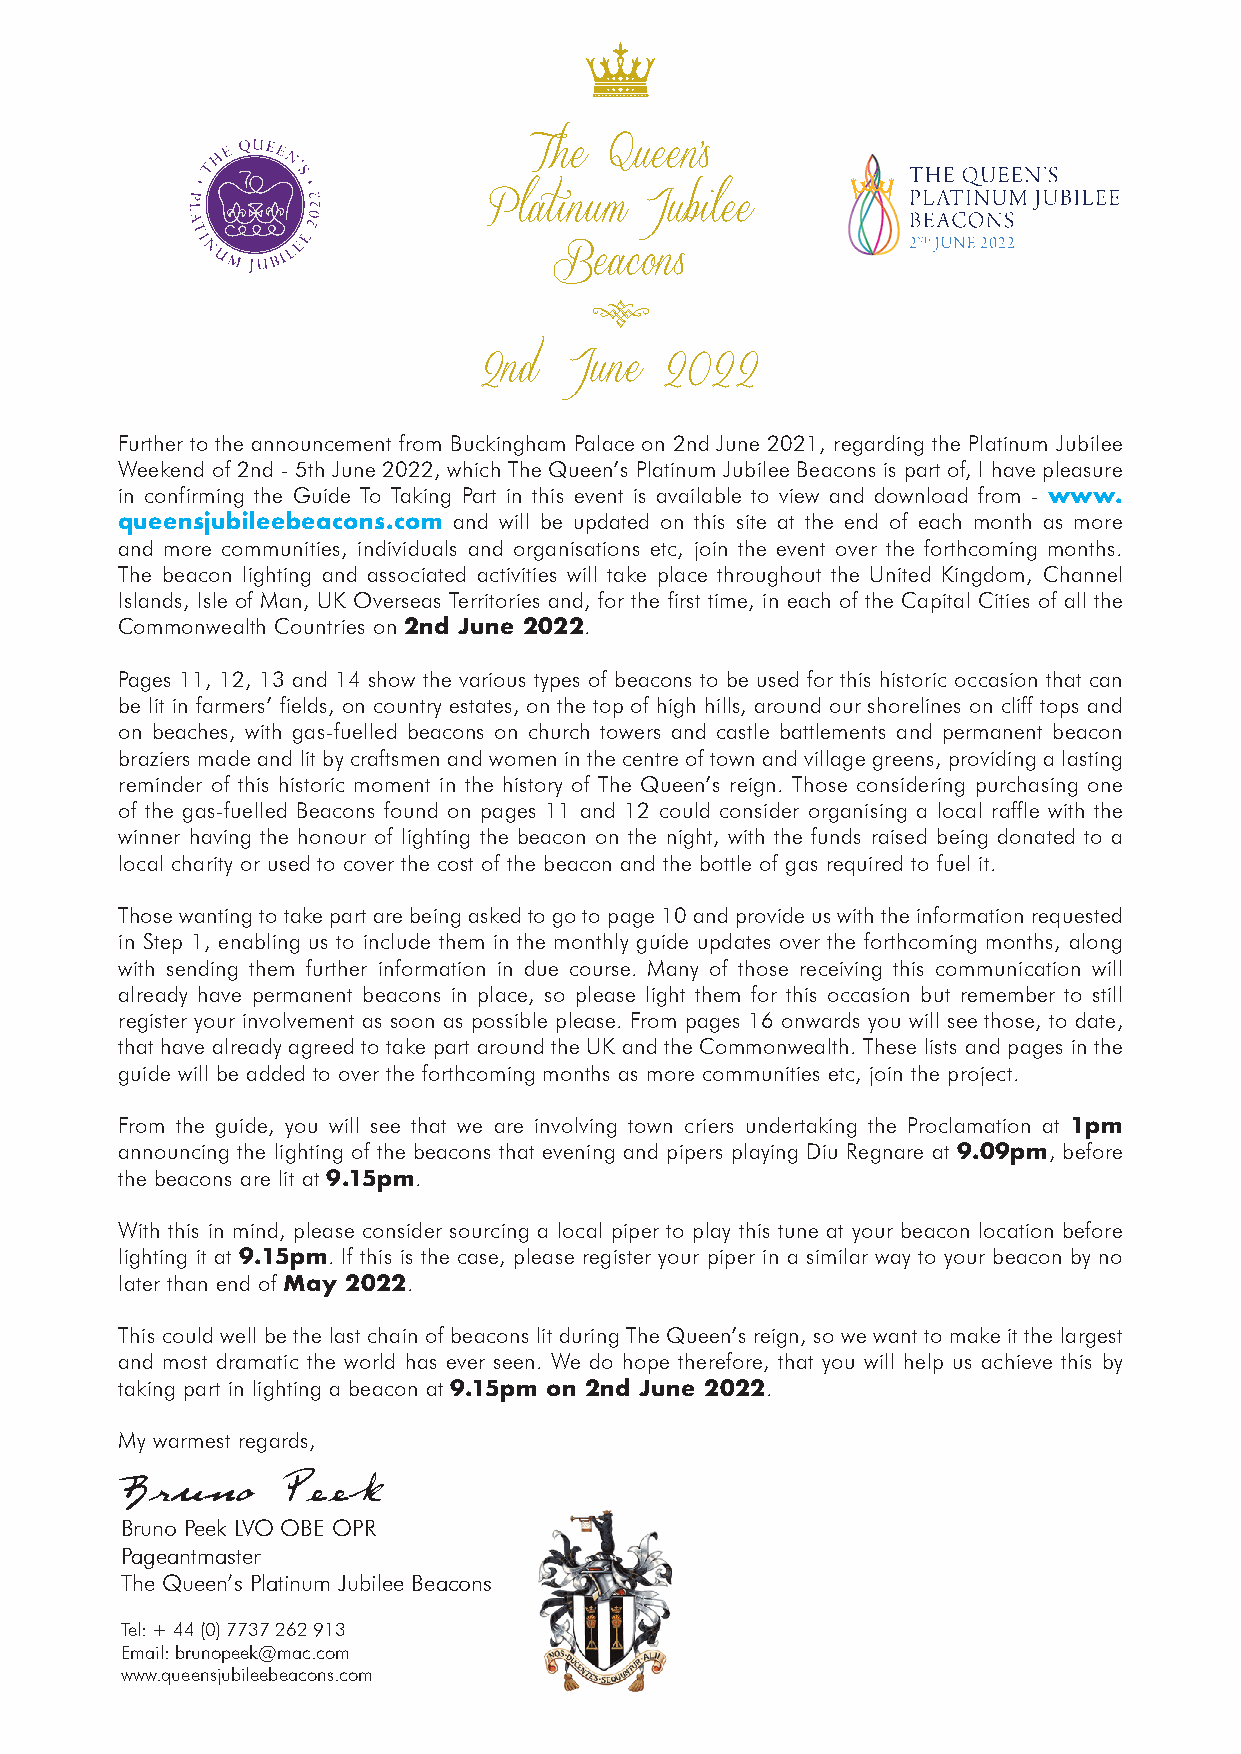
The  Queen’s
 Platinum  Jubilee
 Beacons
 8
 2nd  June   2022
 Further to the announcement from Buckingham Palace on 2nd June 2021, regarding the Platinum Jubilee
 Weekend of 2nd - 5th June 2022, which The Queen’s Platinum Jubilee Beacons is part of, I have pleasure
 in confirming the Guide To Taking Part in this event is available to view and download from - www.
 queensjubileebeacons.com and will be updated on this site at the end of each month as more
 and more communities, individuals and organisations etc, join the event over the forthcoming months.
 The beacon lighting and associated activities will take place throughout the United Kingdom, Channel
 Islands, Isle of Man, UK Overseas Territories and, for the first time, in each of the Capital Cities of all the
 Commonwealth Countries on 2nd June 2022.
 Pages 11, 12, 13 and 14 show the various types of beacons to be used for this historic occasion that can
 be lit in farmers’ fields, on country estates, on the top of high hills, around our shorelines on cliff tops and
 on beaches, with gas-fuelled beacons on church towers and castle battlements and permanent beacon
 braziers made and lit by craftsmen and women in the centre of town and village greens, providing a lasting
 reminder of this historic moment in the history of The Queen’s reign. Those considering purchasing one
 of the gas-fuelled Beacons found on pages 11 and 12 could consider organising a local raffle with the
 winner having the honour of lighting the beacon on the night, with the funds raised being donated to a
 local charity or used to cover the cost of the beacon and the bottle of gas required to fuel it.
 Those wanting to take part are being asked to go to page 10 and provide us with the information requested
 in Step 1, enabling us to include them in the monthly guide updates over the forthcoming months, along
 with sending them further information in due course. Many of those receiving this communication will
 already have permanent beacons in place, so please light them for this occasion but remember to still
 register your involvement as soon as possible please. From pages 16 onwards you will see those, to date,
 that have already agreed to take part around the UK and the Commonwealth. These lists and pages in the
 guide will be added to over the forthcoming months as more communities etc, join the project.
 From the guide, you will see that we are involving town criers undertaking the Proclamation at 1pm
 announcing the lighting of the beacons that evening and pipers playing Diu Regnare at 9.09pm, before
 the beacons are lit at 9.15pm.
 With this in mind, please consider sourcing a local piper to play this tune at your beacon location before
 lighting it at 9.15pm. If this is the case, please register your piper in a similar way to your beacon by no
 later than end of May 2022.
 This could well be the last chain of beacons lit during The Queen’s reign, so we want to make it the largest
 and most dramatic the world has ever seen. We do hope therefore, that you will help us achieve this by
 taking part in lighting a beacon at 9.15pm on 2nd June 2022.
 My warmest regards,
 Bruno Peek LVO OBE OPR
 Pageantmaster
 The Queen’s Platinum Jubilee Beacons
 Tel: + 44 (0) 7737 262 913
 Email: brunopeek@mac.com
 www.queensjubileebeacons.com